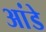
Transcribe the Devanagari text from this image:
आंडे